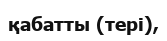
қабатты (тері),